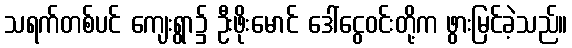
သရက်တစ်ပင် ကျေးရွာ၌ ဦးဖိုးမောင် ဒေါ်ငွေဝင်းတို့က ဖွားမြင်ခဲ့သည်။